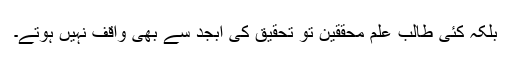
بلکہ کئی طالب علم محققین تو تحقیق کی ابجد سے بھی واقف نہیں ہوتے۔